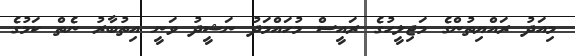
މިއަދު ރައްޔިތުންގެ މަޖިލީހުގެ ރައީސް މުހައްމަދު ނަޝީދު ވަނީ އިތުބާރު ނެތް ކަމުގެ